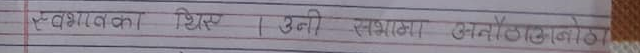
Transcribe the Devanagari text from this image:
स्वभावका थिए । उनी स्वभावका अण्टाँठोकाठे ।